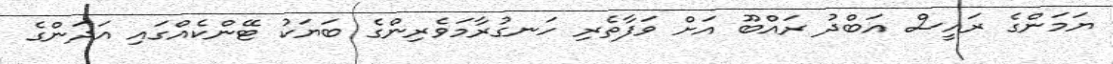
ޔަމަންގެ ރައީސް އަބްދު ރައްބޫ އަށް ވަފާތެރި ހަނގުރާމަވެރިންގެ ބަޔަކު ޓޭންކެއްގައި އަދަންގެ